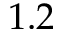
1 . 2